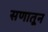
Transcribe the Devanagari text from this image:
सणातून